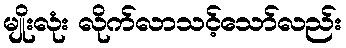
မျိုးလုံး လိုက်လာသင့်သော်လည်း